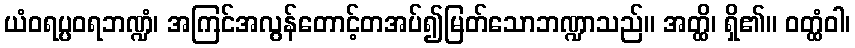
ယံဝရပ္ပဝရဘဏ္ဍံ၊ အကြင်အလွန်တောင့်တအပ်၍မြတ်သောဘဏ္ဍာသည်။ အတ္ထိ၊ ရှိ၏။ ဝတ္ထံဝါ၊